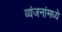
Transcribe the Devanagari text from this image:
व्यंजनांमध्ये